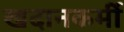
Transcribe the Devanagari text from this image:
खदानकर्मी